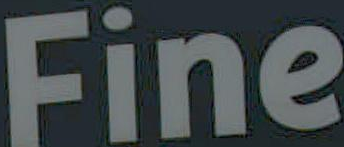
Fine